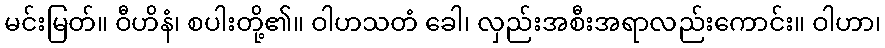
မင်းမြတ်။ ဝီဟိနံ၊ စပါးတို့၏။ ဝါဟသတံ ခေါ၊ လှည်းအစီးအရာလည်းကောင်း။ ဝါဟာ၊